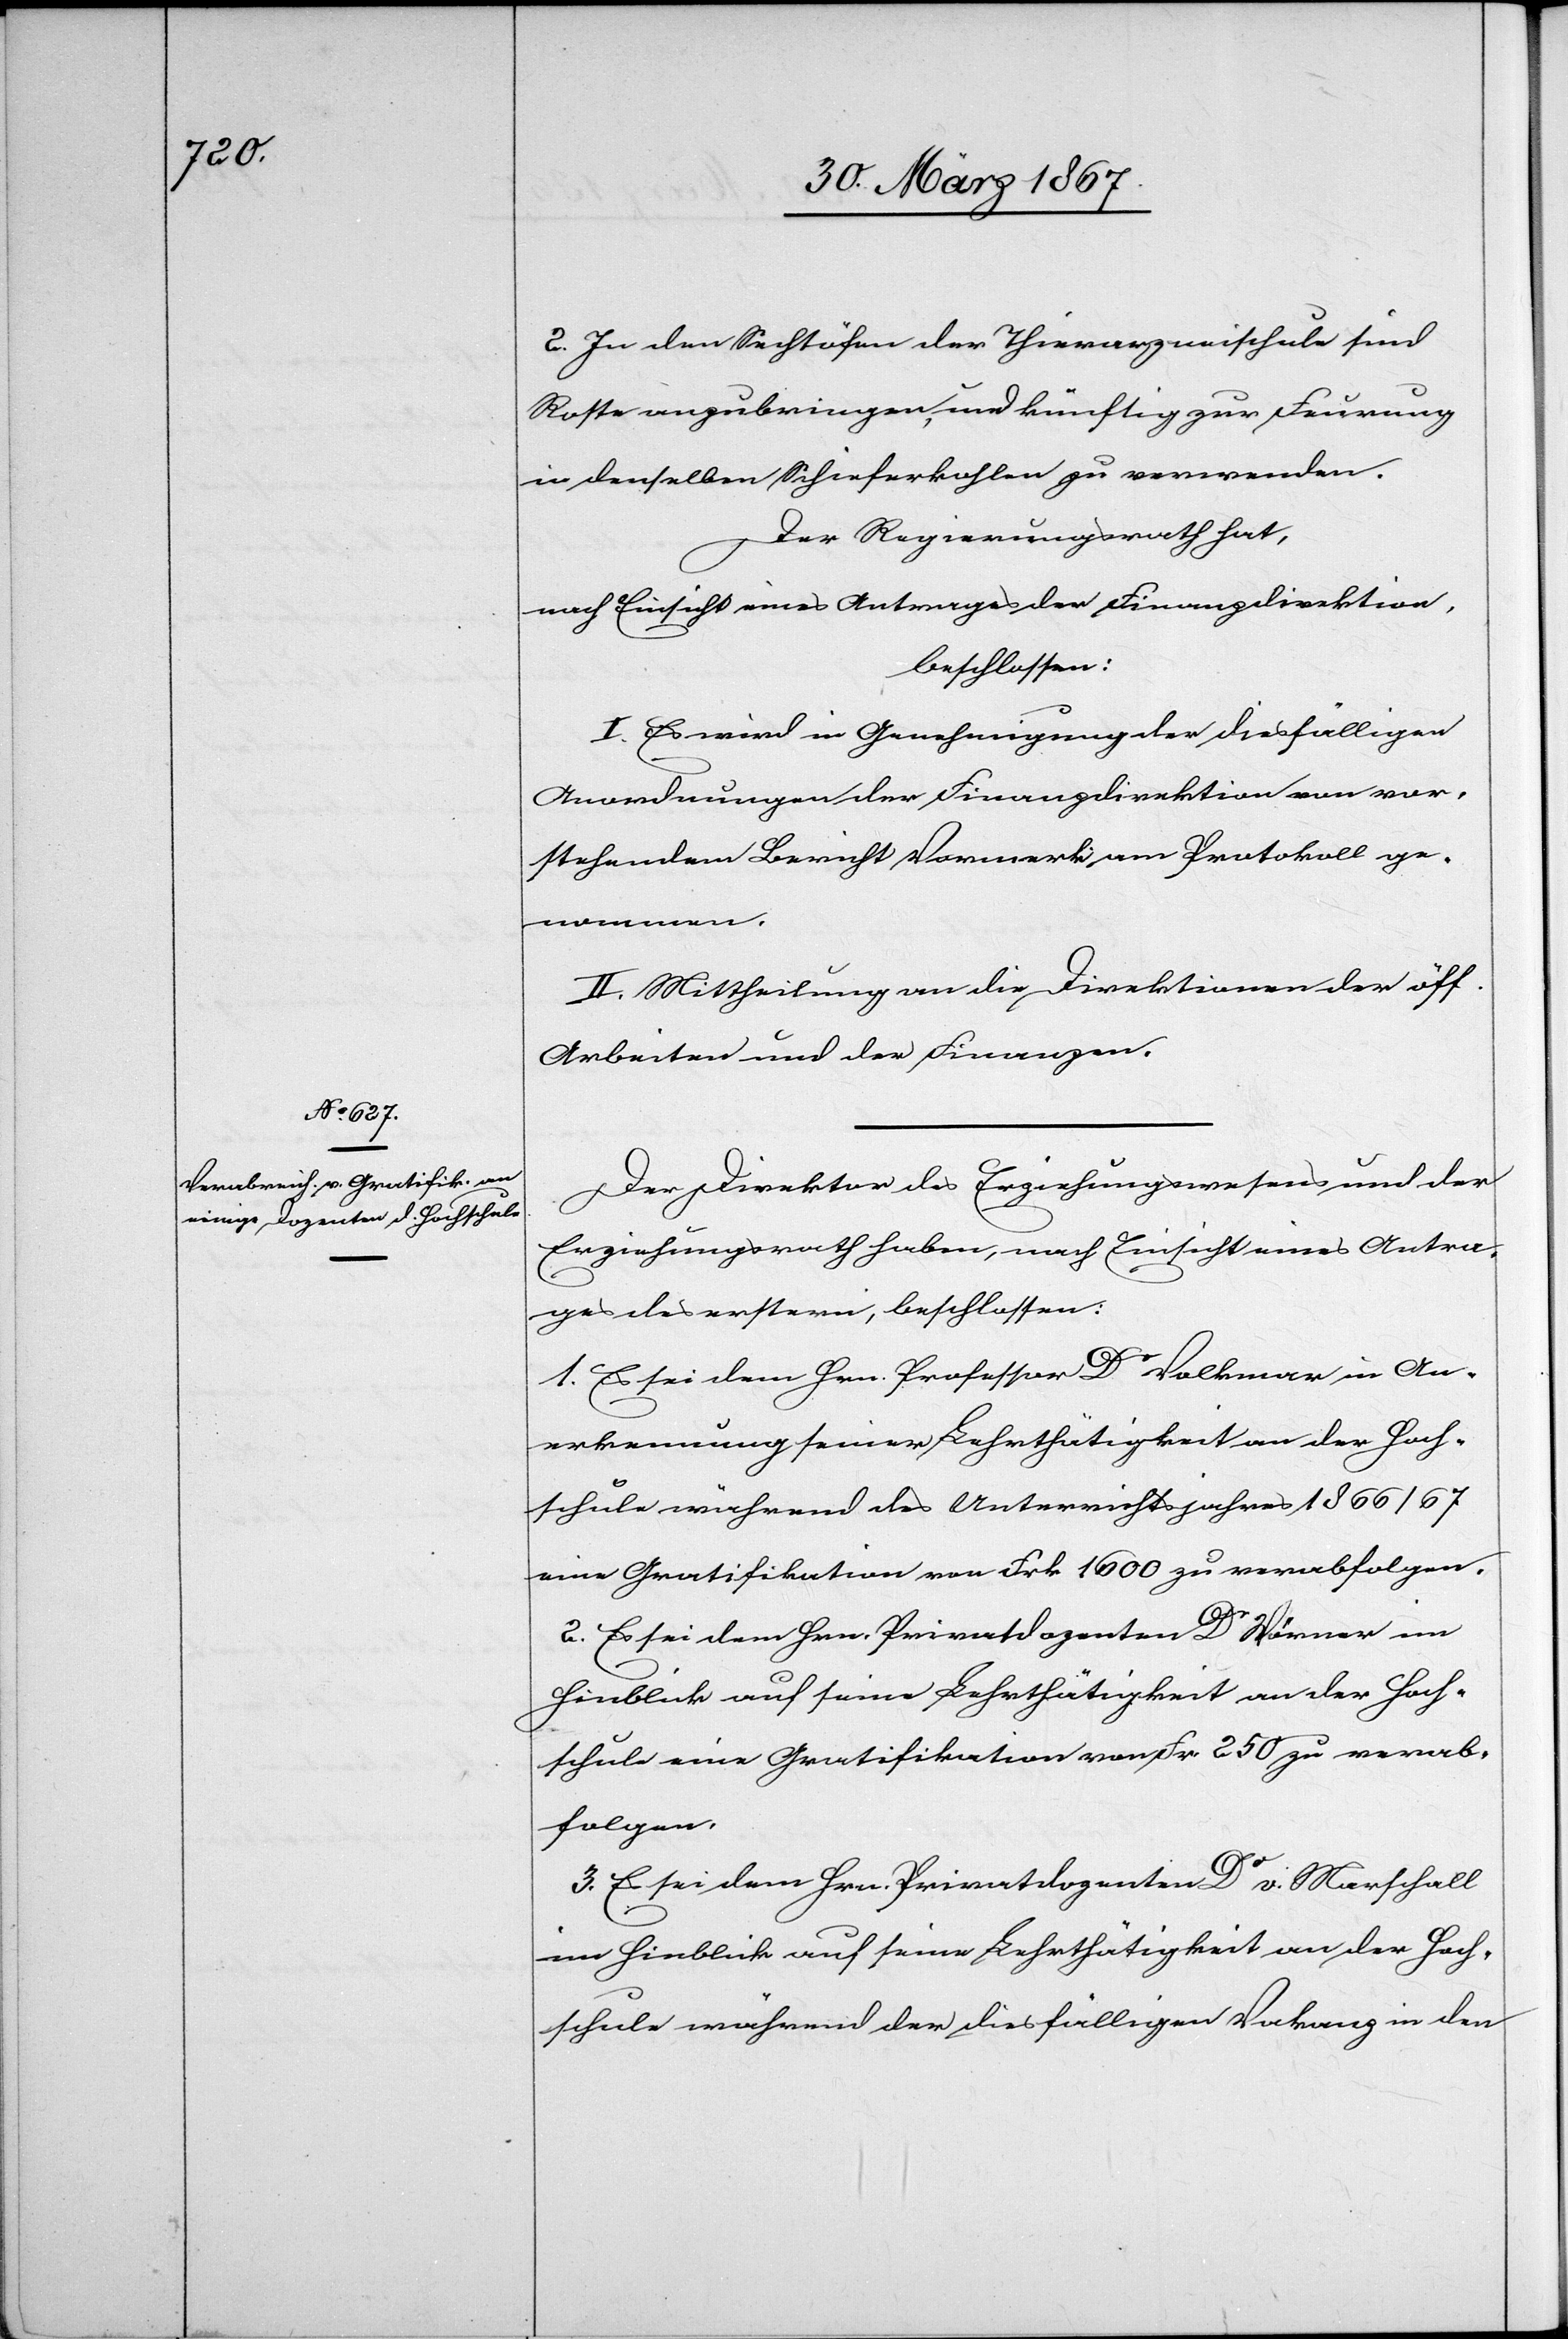
2. In den Sechtöfen der Thierarzneischule sind
Roste anzubringen, und künftig zur Feuerung
in denselben Schieferkohlen zu verwenden.
Der Regierungsrath hat,
nach Einsicht eines Antrages der Finanzdirektion,
beschlossen:
I. Es wird in Genehmigung der diesfälligen
Anordnungen der Finanzdirektion von vor¬
stehendem Bericht Vormerk am Protokoll ge¬
nommen.
II. Mittheilung an die Direktionen der öff.
Arbeiten und der Finanzen.
Der Direktor des Erziehungswesens und der
Erziehungsrath haben, nach Einsicht eines Antra¬
ges des erstern, beschlossen:
1. Es sei dem Hrn. Professor Dr Volkmar in An¬
erkennung seiner Lehrthätigkeit an der Hoch¬
schule während des Unterrichtsjahres 1866/67
eine Gratifikation von Frk. 1600 zu verabfolgen.
2. Es sei dem Hrn. Privatdozent Dr Wörner im
Hinblick auf seine Lehrthätigkeit an der Hoch¬
schule eine Gratifikation von Frk. 250 zu verab¬
folgen.
3. Es sei dem Hrn. Privatdozenten Dr v. Marschall
im Hinblick auf seine Lehrthätigkeit an der Hoch¬
schule während der diesfälligen Vakanz in den